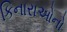
કિનારાઓનો